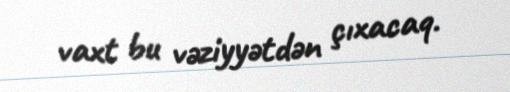
vaxt bu vəziyyətdən çıxacaq.